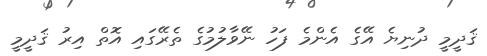
ޤަދީމީ ދުނިޔެ އޭގެ އެންމެ ފަހު ނޭވާލުމުގެ ތެރޭގައި އޮތް އިރު ޤަދީމީ